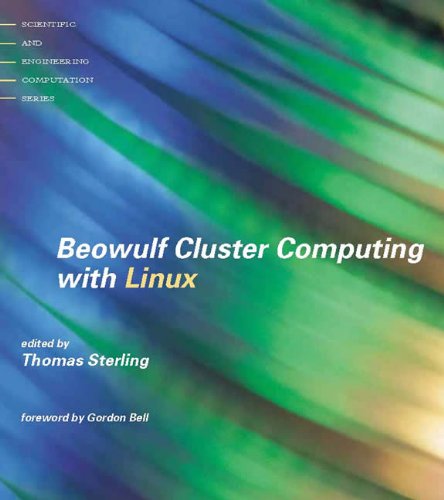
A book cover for Beowulf Cluster Computing with Linux (Scientific and Engineering Computation); Computers & Technology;